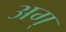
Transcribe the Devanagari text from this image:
अग्